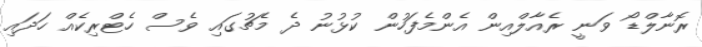
ރޮނާލްޑޯ ވަނީ ރެއާލްއިން އެންމެފަހުން ކުޅުނު ދެ މެޗުގައި ވެސް ހެޓްރިކެއް ހަދައި